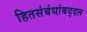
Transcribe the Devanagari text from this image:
हितसंबंधांबद्दल